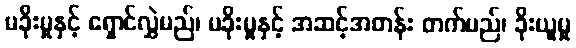
မခိုးမှုနှင့် ရှောင်လွှဲမည်၊ မခိုးမှုနှင့် အဆင့်အတန်း တက်မည်၊ ခိုးယူမှု